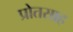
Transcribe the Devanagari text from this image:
प्रोतसाह